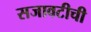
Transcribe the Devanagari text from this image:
सजावटीची